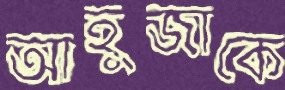
আহুজাকে